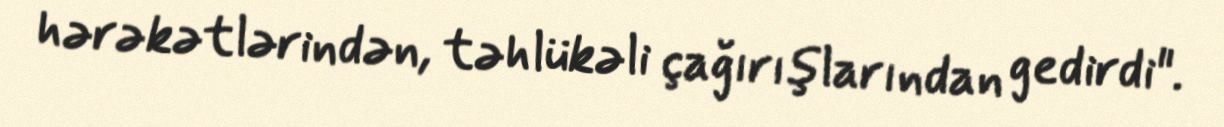
hərəkətlərindən, təhlükəli çağırışlarından gedirdi".